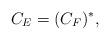
LaTeX: \begin{align*}C_E = (C_F)^*,\end{align*}